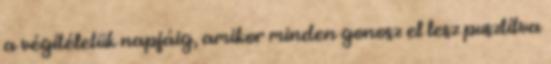
a végítéletük napjáig, amikor minden gonosz el lesz pusztítva